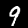
Digit: 9